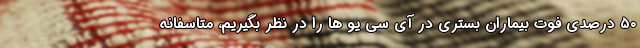
۵۰ درصدی فوت بیماران بستری در آی سی یو ها را در نظر بگیریم، متاسفانه